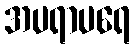
အပရာပရေ